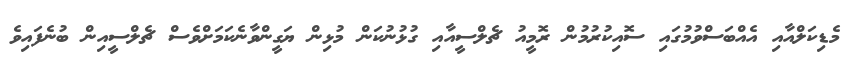
މެޑިކަލްއާއި އެއްބަސްވުމުގައި ސޮއިކުރުމުން ރޮމީއު ޗެލްސީއާއި ގުޅުނުކަން މުޅިން ޔަގީންވާނެކަމަށްވެސް ޗެލްސީއިން ބުނެފައިވެ